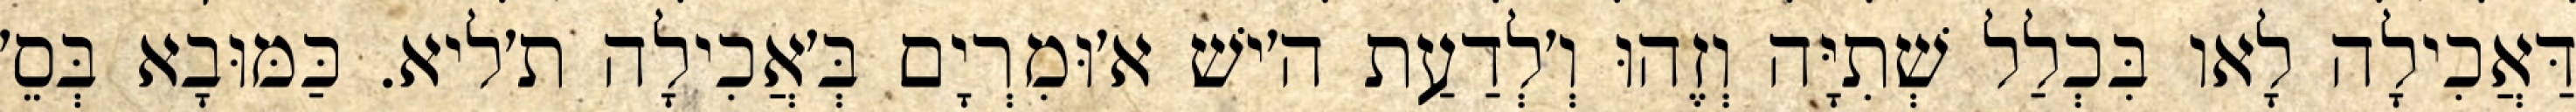
דַּאֲכִילָה לָאו בִּכְלַל שְׁתִיָּה וְזֶהוּ וְ׳לְדַעַת ה׳ישׁ א׳וּמִרְיָם בְּ׳אֲכִילָה ת׳ליא. כַּמּוּבָא בְּסֵ׳